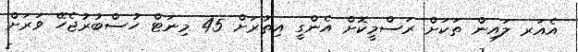
އެއަރ ލައިން ތަކަށް ރަސްމީކޮށް އެންގީ އިތުރަށް 45 މިނަޓް ހުސްބުރުޖެހޭ ވަރަށް